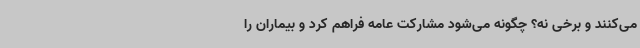
می‌کنند و برخی نه؟ چگونه می‌شود مشارکت عامه فراهم کرد و بیماران را